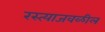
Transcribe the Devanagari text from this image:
रस्त्याजवळील